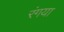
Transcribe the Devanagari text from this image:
रंगया